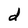
Character: d